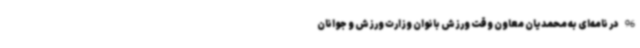
96 در نامه‌ای به محمدیان معاون وقت ورزش بانوان وزارت ورزش و جوانان